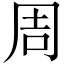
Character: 周